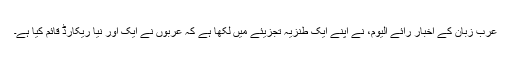
عرب زبان کے اخبار رائے الیوم، نے اپنے ایک طنزیہ تجزیئے میں لکھا ہے کہ عربوں نے ایک اور نیا ریکارڈ قائم کیا ہے۔